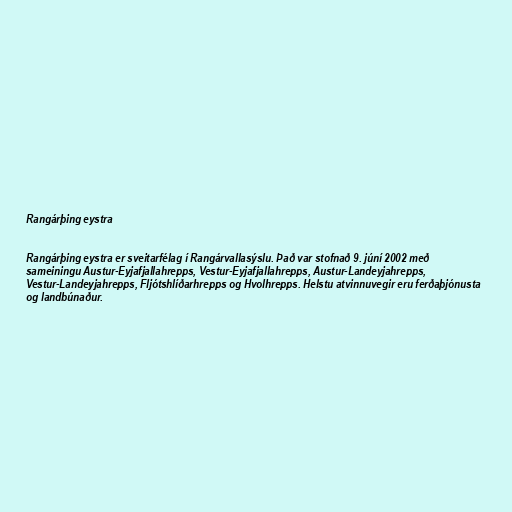
Rangárþing eystra

Rangárþing eystra er sveitarfélag í Rangárvallasýslu. Það var stofnað 9. júní 2002 með
sameiningu Austur-Eyjafjallahrepps, Vestur-Eyjafjallahrepps, Austur-Landeyjahrepps,
Vestur-Landeyjahrepps, Fljótshlíðarhrepps og Hvolhrepps. Helstu atvinnuvegir eru ferðaþjónusta
og landbúnaður.